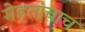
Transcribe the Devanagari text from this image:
मेहतांचाच